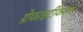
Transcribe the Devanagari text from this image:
ग्रेफाइटीकरण